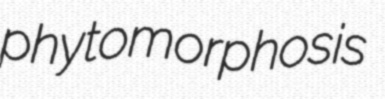
phytomorphosis